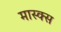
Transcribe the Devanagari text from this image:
मास्क्स